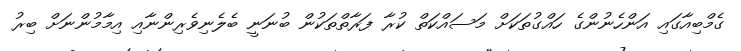
ގެމްބިއާގައި އަންހެނުންގެ ހައްގުތަކަށް މަސައްކަތް ކުރާ ފަރާތްތަކުން ބުނަނީ ބެލެނިވެރިންނާއި އިމާމުންނަށް ބިރު